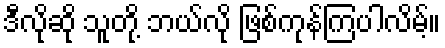
ဒီလိုဆို သူတို့ ဘယ်လို ဖြစ်ကုန်ကြပါလိမ့်။